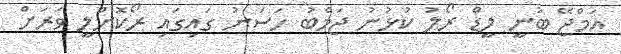
އަމްޖޭ ބުނީ ލީޑް ރޯލު ކުޅުނު ޖަމްބު ހަސަނު ގައިގައި ރޯކޮށްލީ ވަރަށް